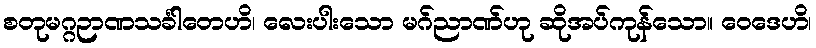
စတုမဂ္ဂဉာဏသင်္ခါတေဟိ၊ လေးပါးသော မဂ်ညာဏ်ဟု ဆိုအပ်ကုန်သော။ ဝေဒေဟိ၊